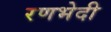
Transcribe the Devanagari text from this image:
रणभेदी